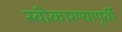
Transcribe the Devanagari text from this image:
स्वीकारण्यापूर्वी